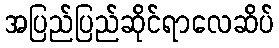
အပြည်ပြည်ဆိုင်ရာလေဆိပ်